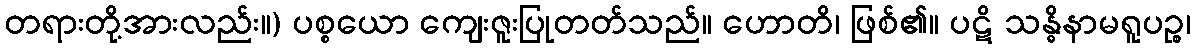
တရားတို့အားလည်း။) ပစ္စယော ကျေးဇူးပြုတတ်သည်။ ဟောတိ၊ ဖြစ်၏။ ပဋိ သန္ဓိနာမရူပဉ္စ၊